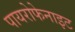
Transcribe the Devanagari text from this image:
पायरोफेनाइट